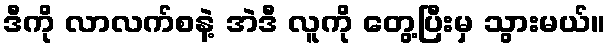
ဒီကို လာလက်စနဲ့ အဲဒီ လူကို တွေ့ပြီးမှ သွားမယ်။